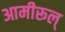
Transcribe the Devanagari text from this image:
आमीरूल्